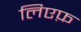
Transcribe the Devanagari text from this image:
लिएफ़